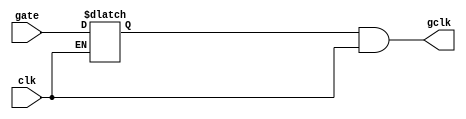
// SPDX-FileCopyrightText: 2022 Ryan M Price
//
// Licensed under the Apache License, Version 2.0 (the "License");
// you may not use this file except in compliance with the License.
// You may obtain a copy of the License at
//
//      http://www.apache.org/licenses/LICENSE-2.0
//
// Unless required by applicable law or agreed to in writing, software
// distributed under the License is distributed on an "AS IS" BASIS,
// WITHOUT WARRANTIES OR CONDITIONS OF ANY KIND, either express or implied.
// See the License for the specific language governing permissions and
// limitations under the License.
// SPDX-License-Identifier: Apache-2.0

module clkgate(
  input       clk
, input       gate
, output wire gclk
);

  wire clki = ~clk;
  reg  clkp;

  assign gclk = clkp & clk;
  
  always @*
    if( clki )
      clkp <= gate;
    else
      clkp <= clkp;
  
  initial clkp = 0;
  
endmodule